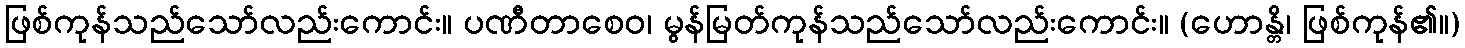
ဖြစ်ကုန်သည်သော်လည်းကောင်း။ ပဏီတာစေဝ၊ မွန်မြတ်ကုန်သည်သော်လည်းကောင်း။ (ဟောန္တိ၊ ဖြစ်ကုန်၏။)